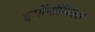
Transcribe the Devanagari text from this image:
इर्गोनॉमिक्स